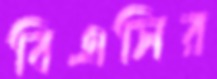
বিএসির